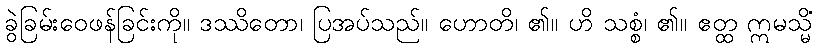
ခွဲခြမ်းဝေဖန်ခြင်းကို။ ဒဿိတော၊ ပြအပ်သည်။ ဟောတိ၊ ၏။ ဟိ သစ္စံ၊ ၏။ ဧတ္ထ ဣမသ္မိံ